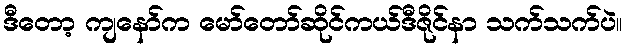
ဒီတော့ ကျနော်က မော်တော်ဆိုင်ကယ်ဒီဇိုင်နာ သက်သက်ပဲ။